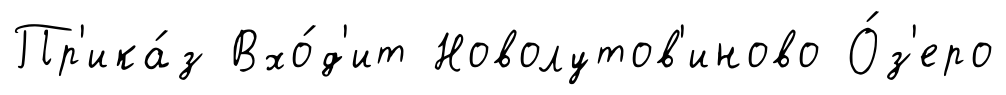
Пр'ика́з Вхо́д'ит Новолутов'иново О́з'еро